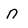
Character: n